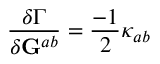
\frac { \delta \Gamma } { \delta { \bf G } ^ { a b } } = \frac { - 1 } 2 \kappa _ { a b }